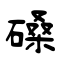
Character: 磉